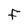
Character: f